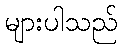
များပါသည်